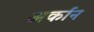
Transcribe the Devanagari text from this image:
अर्कान